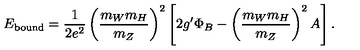
E _ { \mathrm { b o u n d } } = \frac { 1 } { 2 e ^ { 2 } } \left( \frac { m _ { W } m _ { H } } { m _ { Z } } \right) ^ { 2 } \left[ 2 g ^ { \prime } \Phi _ { B } - \left( \frac { m _ { W } m _ { H } } { m _ { Z } } \right) ^ { 2 } A \right] .